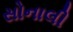
સોનાલી